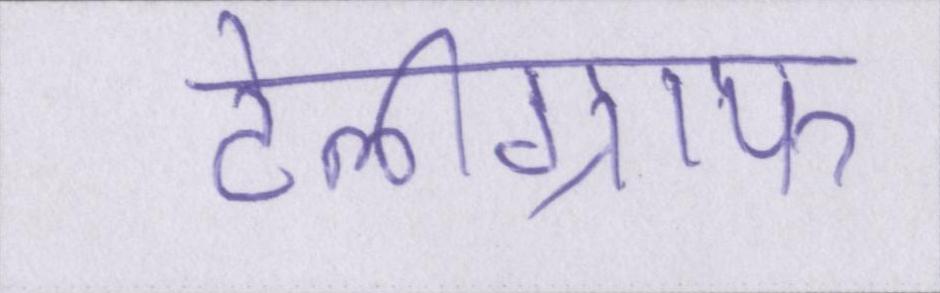
टेलीग्राफ